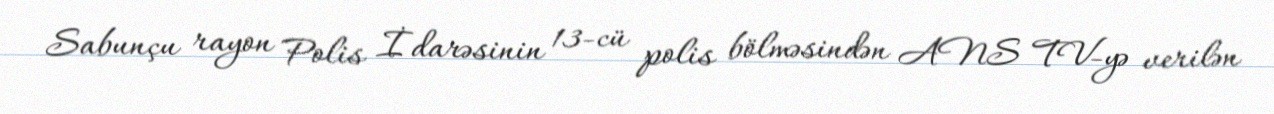
Sabunçu rayon Polis İdarəsinin 13-cü polis bölməsindən ANS TV-yə verilən